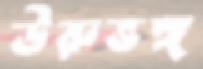
ঊরুভঙ্গ